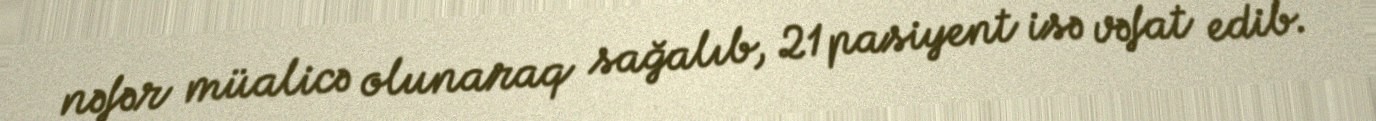
nəfər müalicə olunaraq sağalıb, 21 pasiyent isə vəfat edib.